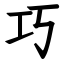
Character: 巧